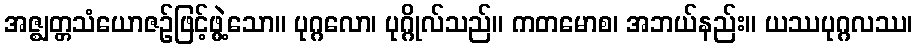
အဇ္ဈတ္တသံယောဇဉ်ဖြင့်ဖွဲ့သော။ ပုဂ္ဂလော၊ ပုဂ္ဂိုလ်သည်။ ကတမောစ၊ အဘယ်နည်း။ ယဿပုဂ္ဂလဿ၊